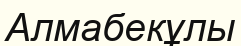
Алмабекұлы